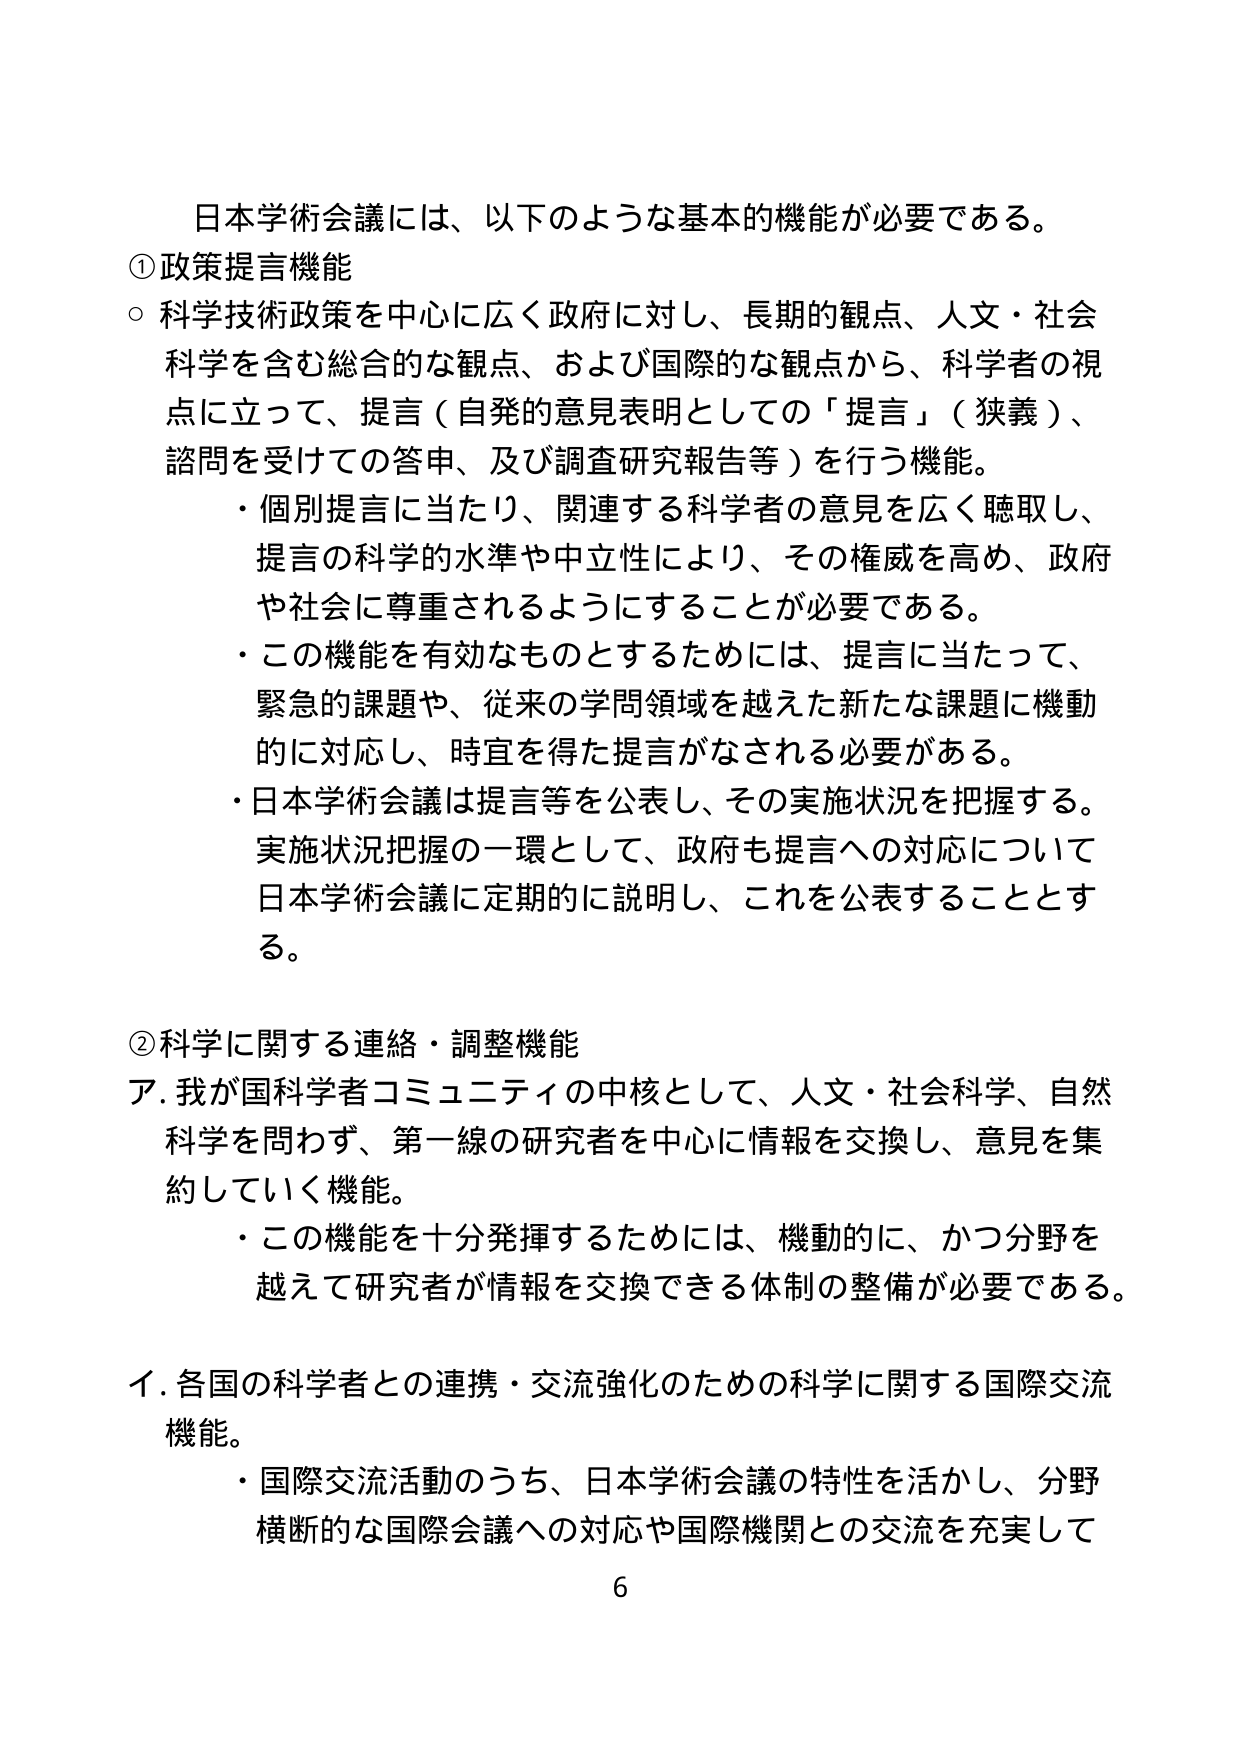
日本学術会議には、以下のような基本的機能が必要である。

① 政策提言機能
○ 科学技術政策を中心に広く政府に対し、長期的観点、人文・社会
科学を含む総合的な観点、および国際的な観点から、科学者の視
点に立って、提言（自発的意見表明としての「提言」（狭義）、
諮問を受けての答申、及び調査研究報告等）を行う機能。
・ 個別提言に当たり、関連する科学者の意見を広く聴取し、
提言の科学的水準や中立性により、その権威を高め、政府
や社会に尊重されるようにすることが必要である。
・ この機能を有効なものとするためには、提言に当たって、
緊急的課題や、従来の学問領域を越えた新たな課題に機動
的に対応し、時宜を得た提言がなされる必要がある。
・ 日本学術会議は提言等を公表し、その実施状況を把握する。
実施状況把握の一環として、政府も提言への対応について
日本学術会議に定期的に説明し、これを公表することとす
る。

② 科学に関する連絡・調整機能
ア. 我が国科学者コミュニティの中核として、人文・社会科学、自然
科学を問わず、第一線の研究者を中心に情報を交換し、意見を集
約していく機能。
・ この機能を十分発揮するためには、機動的に、かつ分野を
越えて研究者が情報を交換できる体制の整備が必要である。

イ. 各国の科学者との連携・交流強化のための科学に関する国際交流
機能。
・ 国際交流活動のうち、日本学術会議の特性を活かし、分野
横断的な国際会議への対応や国際機関との交流を充実して

6